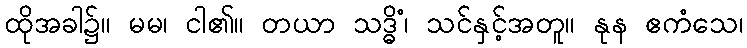
ထိုအခါ၌။ မမ၊ ငါ၏။ တယာ သဒ္ဓိံ၊ သင်နှင့်အတူ။ နုန ဧကံသေ၊